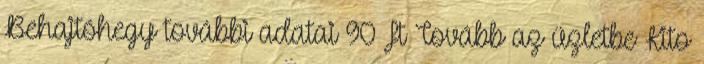
Behajtóhegy további adatai 90 Ft Tovább az üzletbe Kito